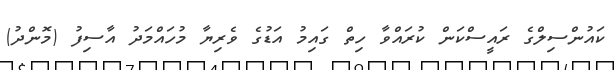
ކައުންސިލްގެ ރައީސްކަން ކުރައްވާ ހިތް ގައިމު އަޑުގެ ވެރިޔާ މުހައްމަދު އާސިފު (މޮންދު)